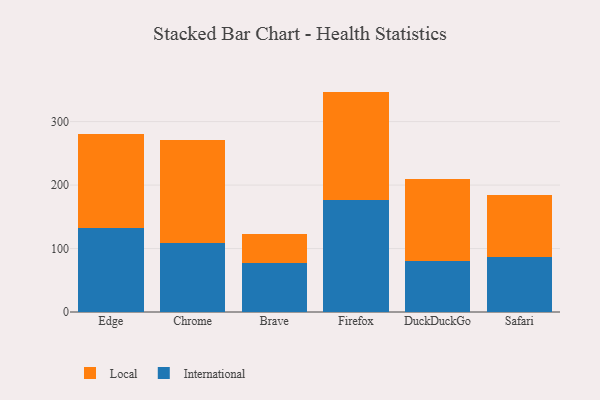
{"axis": {"x": "Browser", "y": "Market Share (%)"}, "legend": ["International", "Local"], "data": [{"x": "Edge", "y": 132.3, "type": "International"}, {"x": "Edge", "y": 148.4, "type": "Local"}, {"x": "Chrome", "y": 109.1, "type": "International"}, {"x": "Chrome", "y": 161.4, "type": "Local"}, {"x": "Brave", "y": 77.6, "type": "International"}, {"x": "Brave", "y": 45.5, "type": "Local"}, {"x": "Firefox", "y": 176.4, "type": "International"}, {"x": "Firefox", "y": 170.9, "type": "Local"}, {"x": "DuckDuckGo", "y": 79.7, "type": "International"}, {"x": "DuckDuckGo", "y": 130.5, "type": "Local"}, {"x": "Safari", "y": 87.4, "type": "International"}, {"x": "Safari", "y": 97.2, "type": "Local"}]}